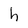
Character: h